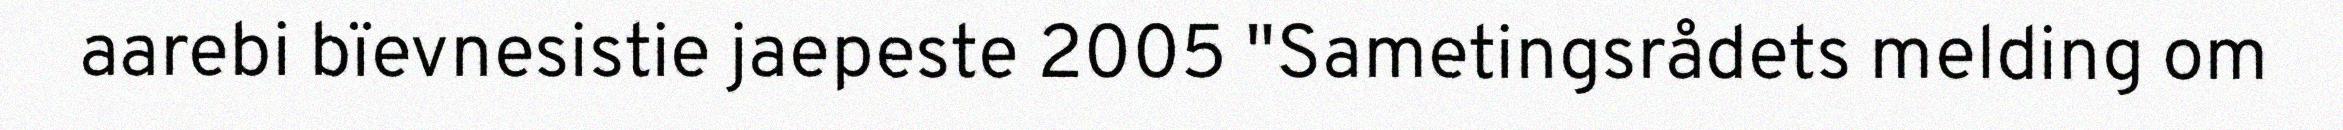
aarebi bïevnesistie jaepeste 2005 "Sametingsrådets melding om